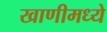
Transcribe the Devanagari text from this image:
खाणीमध्ये